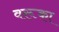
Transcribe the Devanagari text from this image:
वरूका